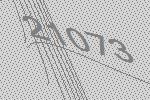
21073